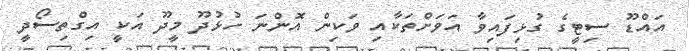
އައްޑޫ ސިޓީގެ ގުޅިފައިވާ އަވަށްތަކާއި ވަކިން އޮންނަ ހުޅުދޫ މީދޫ އަކީ އިގްތިސޯދީ